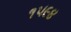
૧૫૯૪